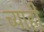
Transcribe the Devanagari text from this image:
च्याही